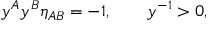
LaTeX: y ^ { A } y ^ { B } \eta _ { A B } = - 1 , \qquad y ^ { - 1 } > 0 ,